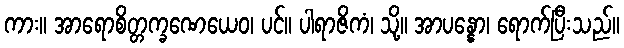
ကား။ အာရောစိတ္တက္ခဏေယေဝ၊ ပင်။ ပါရာဇိကံ၊ သို့။ အာပန္နော၊ ရောက်ပြီးသည်။